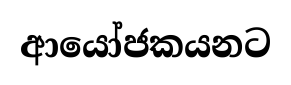
ආයෝජකයනට